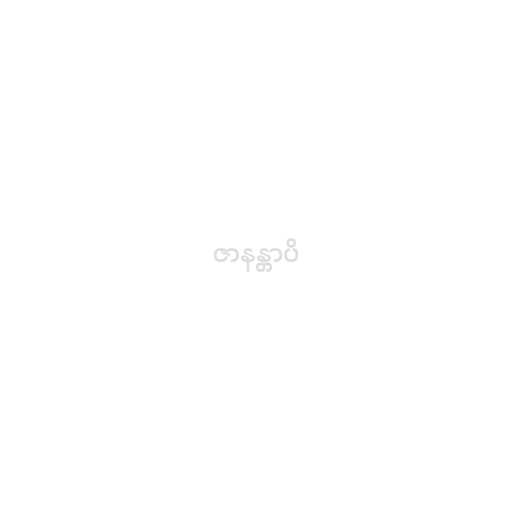
ဇာနန္တာပိ